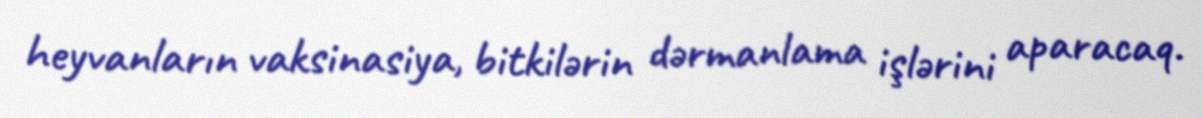
heyvanların vaksinasiya, bitkilərin dərmanlama işlərini aparacaq.